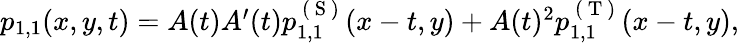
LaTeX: \begin{array}{r}{p_{1,1}(x,y,t)=A(t)A^{\prime}(t)p_{1,1}^{\mathrm{~(~S~)~}}(x-t,y)+A(t)^{2}p_{1,1}^{\mathrm{~(~T~)~}}(x-t,y),}\end{array}